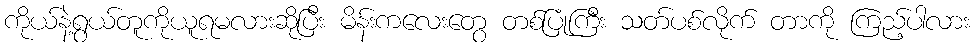
ကိုယ်နဲ့ရွယ်တူကိုယူရမလားဆိုပြီး မိန်းကလေးတွေ တစ်ပြုံကြီး သတ်ပစ်လိုက် တာကို ကြည့်ပါလား